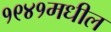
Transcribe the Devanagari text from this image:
१९४१मधील